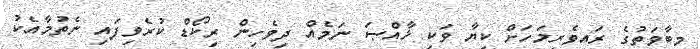
މިބާވަތުގެ ރައިވެރިމަހަށް ކިޔާ ވަކި ޚާއްޞަ ނަމެއް ދިވެހިން ރިކޯޑް ކުރެވިފައި ނެތުމާއެކު